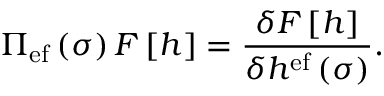
\Pi _ { \mathrm { e f } } \left( \sigma \right) { \cal F } \left[ h \right] = \frac { \delta { \cal F } \left[ h \right] } { \delta h ^ { \mathrm { e f } } \left( \sigma \right) } .